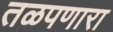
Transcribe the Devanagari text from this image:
तळपणारा